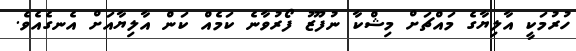
ހުރުމަކީ އާލިޔާގެ މައްޗަށް މިޝްކާ ނުފޫޒު ފޯރުވާނެ ކަމެއް ކަން އާލިޔާއަށް އެނގެއެވެ.